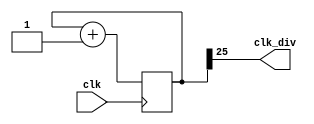
`timescale 1ns / 1ps

module clock_divider(clk,clk_div);
    input clk;
    output clk_div;
    parameter n = 26;
    reg[n-1:0]num;
    wire[n-1:0]next_num;
    always@(posedge clk)begin
        num <= next_num;
    end
    assign next_num = num + 1;
    assign clk_div = num[n-1];
endmodule

module lab03_3(clk,rst,en,dir,led);
    input clk,rst,en,dir;
    output[15:0] led;
    reg[15:0]led1_next,led3_next,led1,led3;
    reg[3:0]position1,position3,position1_next,position3_next;
    wire clk_div1,clk_div3,clk_div23,clk_div26;
    reg[1:0]dir1,dir1_next;
	
	clock_divider #(26) div1(.clk(clk), .clk_div(clk_div26));
    clock_divider #(23) div2(.clk(clk), .clk_div(clk_div23));

    always@(posedge clk_div23)begin
        if(rst)begin
            led1 <= 16'b1000000000000000;
            position1 <= 4'd15;
            dir1 <= 2'b0;
        end
        else begin
            led1 <= led1_next;
            position1 <= position1_next;
            dir1 <= dir1_next;
        end
    end

    always@(posedge clk_div26)begin
        if(rst)begin
            led3 <= 16'b1110000000000000;
            position3 <= 4'd14;
        end
        else begin
            led3 <= led3_next;
            position3 <= position3_next;
        end
    end
    

    always@(*)begin
        if(en)begin
            led3_next[15] = led3[0];
            led3_next[14:0] = led3[15:1];
            position3_next = (position3 == 4'd0)? 4'd15 : position3 - 4'd1;
            if(position1 - position3 == 4'd1 && dir1 == 2'b0)begin // collision when Mr.1 shifts right turn left
                led1_next[0] = led1[15];
                led1_next[15:1] = led1[14:0];
                position1_next = (position1 + 4'd1) % 5'd16;
                dir1_next = 2'b1;
            end
            else if((position3 - position1 == 4'd1 || position3 - position1 == 4'd0) && dir1 == 2'b1)begin //collision when Mr.1 shifts left  turn right
                led1_next[15] = led1[0];
                led1_next[14:0] = led1[15:1];
                position1_next = (position1 == 4'd0)? 4'd15 : position1 - 4'd1;
                dir1_next = 2'b0;
            end
            else begin
                if(dir1 == 2'b0)begin
                    led1_next[15] = led1[0];
                    led1_next[14:0] = led1[15:1];
                    position1_next = (position1 == 4'd0)? 4'd15 : position1 - 4'd1;
                    dir1_next = dir1;
                end
                else begin
                    led1_next[0] = led1[15];
                    led1_next[15:1] = led1[14:0];
                    position1_next = (position1 + 4'd1) % 5'd16;
                    dir1_next = dir1;
                end
            end
        end

        else begin
            led3_next = led3;
            led1_next = led1;
            position3_next = position3;
            position1_next = position1;
            dir1_next = dir1;
        end
    end

	assign led = led1 | led3;

endmodule